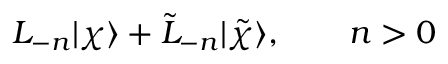
L _ { - n } | \chi \rangle + \tilde { L } _ { - n } | \tilde { \chi } \rangle , \qquad n > 0